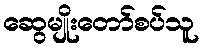
ဆွေမျိုးတော်စပ်သူ